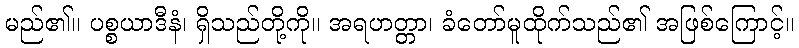
မည်၏။ ပစ္စယာဒီနံ၊ ရှိသည်တို့ကို။ အရဟတ္တာ၊ ခံတော်မူထိုက်သည်၏ အဖြစ်ကြောင့်။